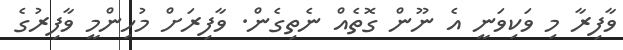
ވާފިރާ މި ވަކިވަނީ އެ ނޫން ގޮތެއް ނެތިގެން. ވާފިރަށް މުހިންމީ ވާފިރުގެ